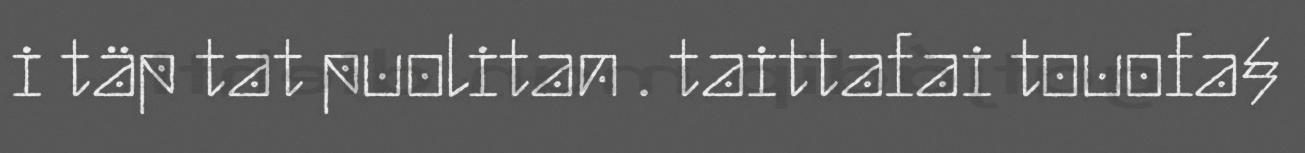
i täp tat puolitan . taittafai touofa§